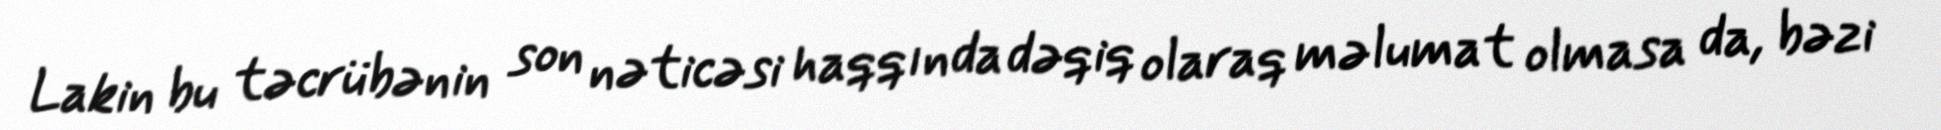
Lakin bu təcrübənin son nəticəsi haqqında dəqiq olaraq məlumat olmasa da, bəzi